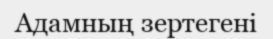
Адамның зертегені